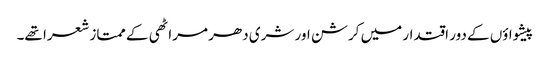
پیشواؤں کے دور اقتدار میں کرشن اور شری دھر مراٹھی کے ممتاز شعرا تھے۔